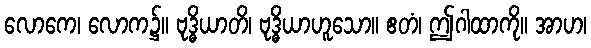
လောကေ၊ လောက၌။ ဗုဒ္ဓိယာတိ၊ ဗုဒ္ဓိယာဟူသော။ ဧတံ၊ ဤဂါထာကို။ အာဟ၊